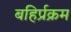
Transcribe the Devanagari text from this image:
बहिर्प्रक्रम